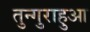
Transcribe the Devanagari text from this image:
तुन्गुराहुआ